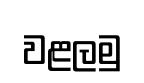
වළලමු